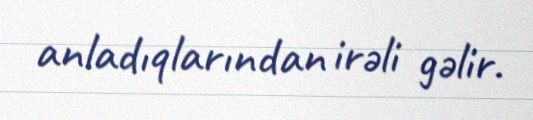
anladıqlarından irəli gəlir.